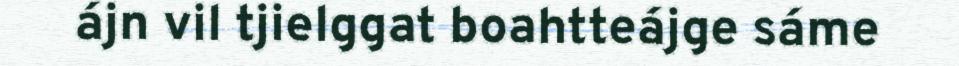
ájn vil tjielggat boahtteájge sáme